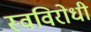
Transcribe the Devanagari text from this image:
स्वविरोधी